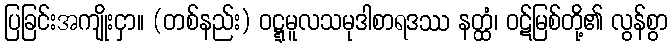
ပြခြင်းအကျိုးငှာ။ (တစ်နည်း) ဝဋ္ဋမူလသမုဒါစာရဒဿ နတ္ထံ၊ ဝဋ်မြစ်တို့၏ လွန်စွာ